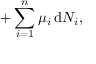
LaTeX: + \sum _ { i = 1 } ^ { n } \mu _ { i } \, \mathrm { d } N _ { i } ,